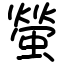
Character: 螢